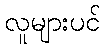
လူများပင်